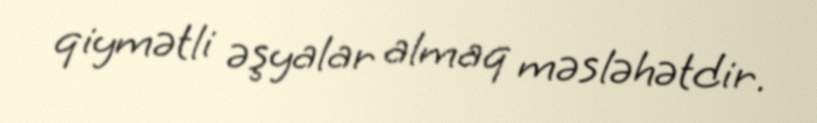
qiymətli əşyalar almaq məsləhətdir.